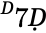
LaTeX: ^Ḋ7Ḍ